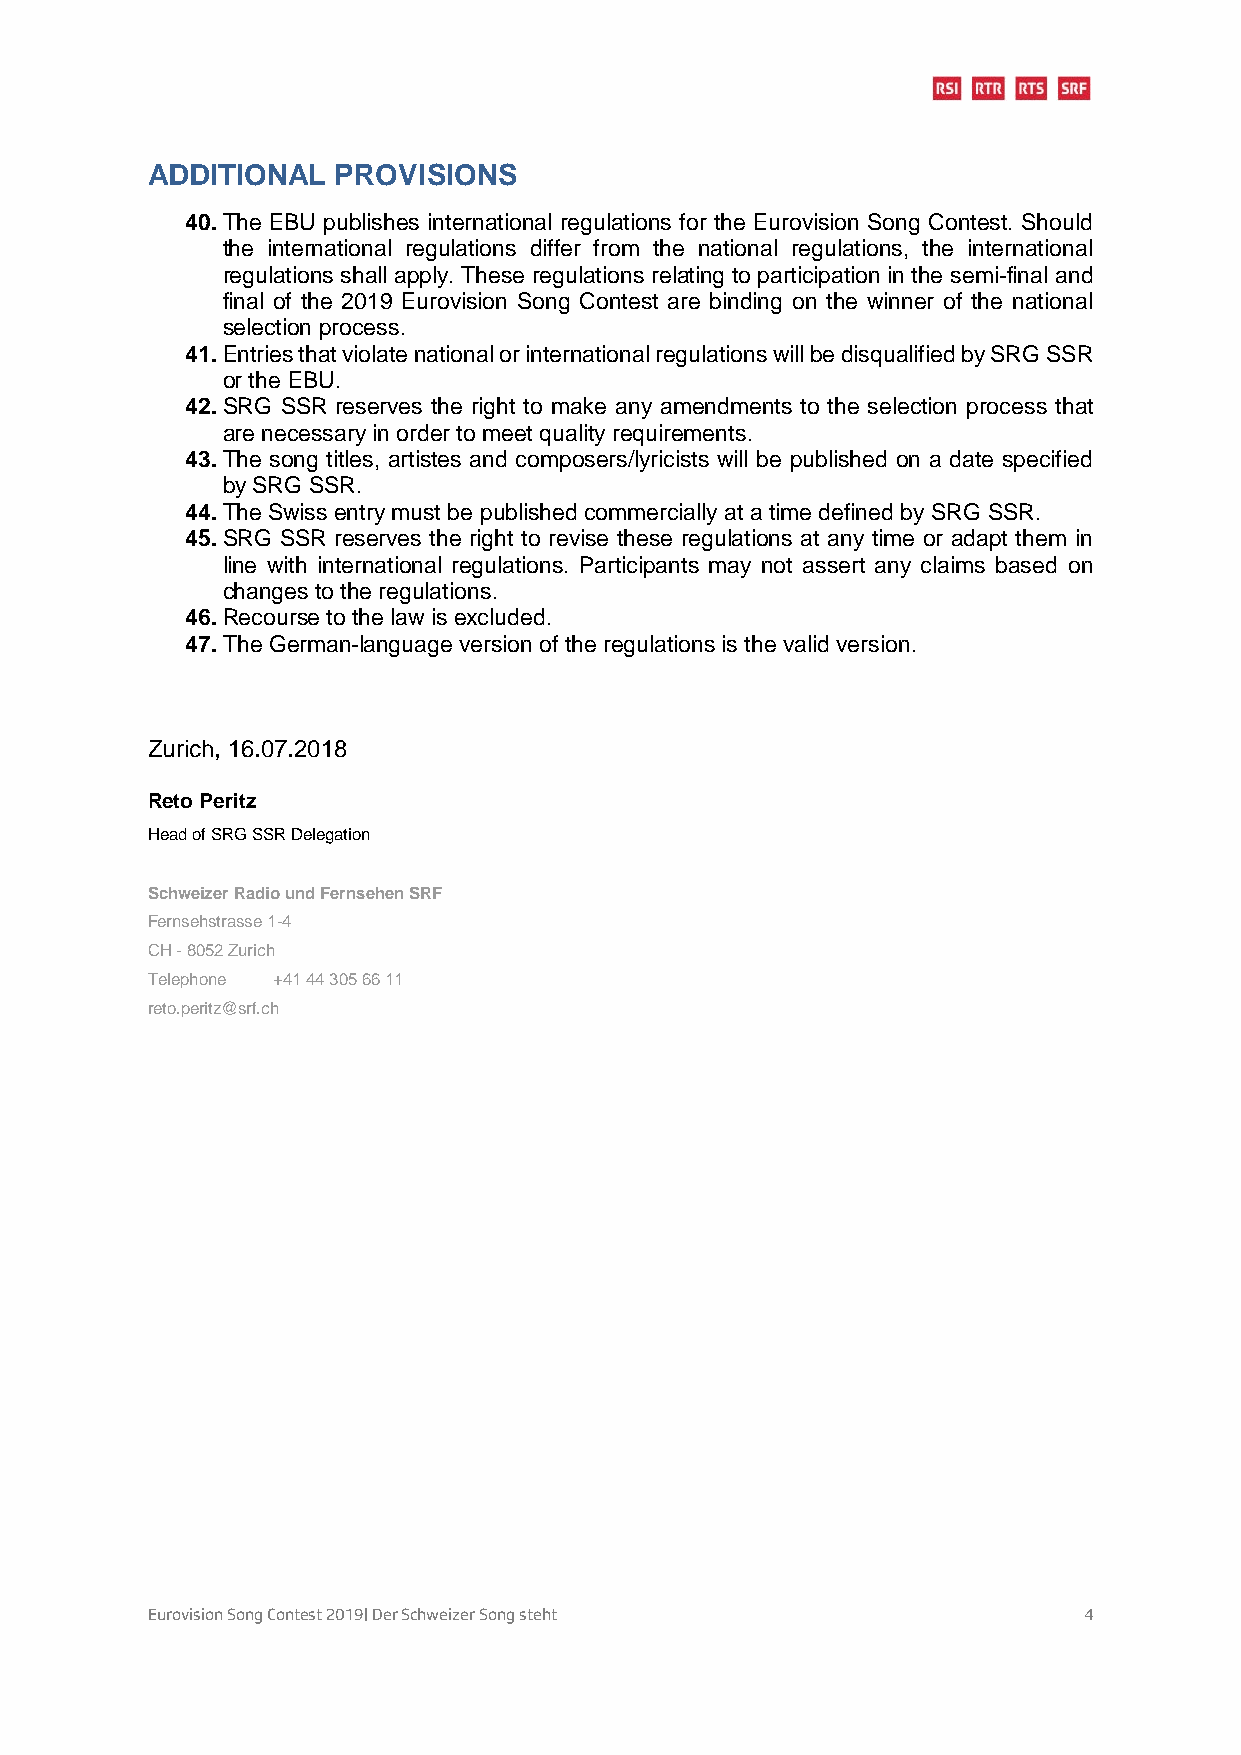
ADDITIONAL  PROVISIONS
 40. The EBU publishes international regulations for the Eurovision Song Contest. Should
 the international regulations differ from the national regulations, the international
 regulations shall apply. These regulations relating to participation in the semi-final and
 final of the 2019 Eurovision Song Contest are binding on the winner of the national
 selection process.
 41. Entries that violate national or international regulations will be disqualified by SRG SSR
 or the EBU.
 42. SRG SSR reserves the right to make any amendments to the selection process that
 are necessary in order to meet quality requirements.
 43. The song titles, artistes and composers/lyricists will be published on a date specified
 by SRG SSR.
 44. The Swiss entry must be published commercially at a time defined by SRG SSR.
 45. SRG SSR reserves the right to revise these regulations at any time or adapt them in
 line with international regulations. Participants may not assert any claims based on
 changes to the regulations.
 46. Recourse to the law is excluded.
 47. The German-language version of the regulations is the valid version.
 Zurich, 16.07.2018
 Reto Peritz
 Head of SRG SSR Delegation
 Schweizer Radio und Fernsehen SRF
 Fernsehstrasse 1-4
 CH - 8052 Zurich
 Telephone +41 44 305 66 11
 reto.peritz@srf.ch
 Eurovision Song Contest 2019| Der Schweizer Song steht        4